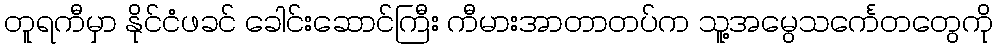
တူရကီမှာ နိုင်ငံဖခင် ခေါင်းဆောင်ကြီး ကီမားအာတာတပ်က သူ့အမွေသင်္ကေတတွေကို